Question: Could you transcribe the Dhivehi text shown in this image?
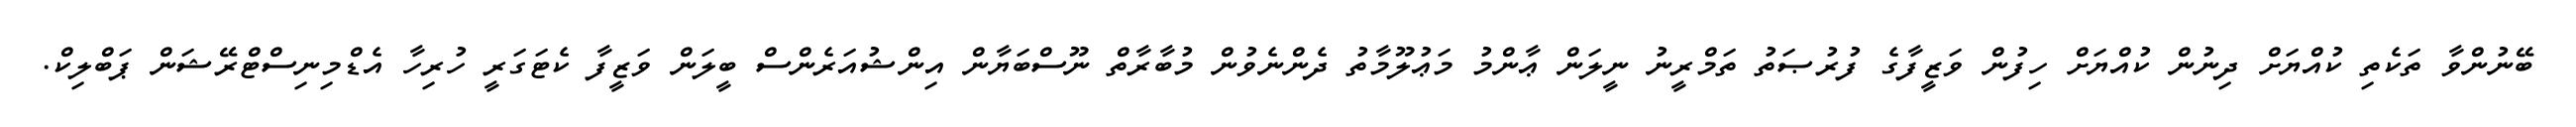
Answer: ބޭނުންވާ ތަކެތި ކުއްޔަށް ދިނުން ކުއްޔަށް ހިފުން ވަޒީފާގެ ފުރުޞަތު ތަމްރީނު ނީލަން ޢާންމު މަޢުލޫމާތު ދެންނެވުން މުބާރާތް ނޫސްބަޔާން އިންޝުއަރެންސް ބީލަން ވަޒީފާ ކެޓަގަރީ ހުރިހާ އެޑްމިނިސްޓްރޭޝަން ޕަބްލިކް.